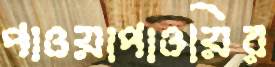
পাওয়াপাওয়ির